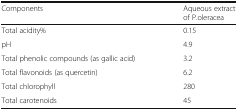
| Components | Aqueous extract of P.oleracea |
 | --- | --- |
 | Total acidity% | 0.15 |
 | pH | 4.9 |
 | Total phenolic compounds (as gallic acid) | 3.2 |
 | Total flavonoids (as quercetin) | 6.2 |
 | Total chlorophyll | 280 |
 | Total carotenoids | 45 |